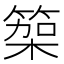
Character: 𮅭